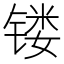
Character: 镂